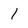
Character: l